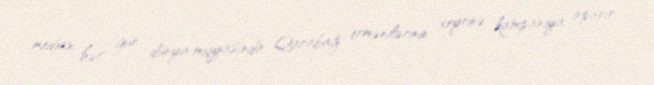
mediası hər gün dünya miqyasında Qarabağ ermənilərinin xeyrinə kampaniya aparır.